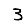
Digit: 3